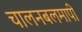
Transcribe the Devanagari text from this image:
चालनबलमापी